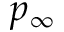
p _ { \infty }